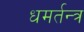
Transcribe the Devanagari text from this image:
धमर्तन्त्र